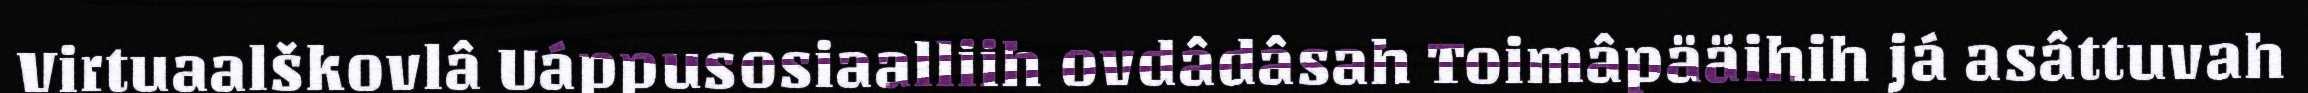
Virtuaalškovlâ Uáppusosiaalliih ovdâdâsah Toimâpääihih já asâttuvah